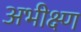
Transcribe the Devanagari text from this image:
अभीक्ष्ण